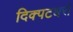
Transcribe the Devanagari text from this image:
दिक्पटधरो